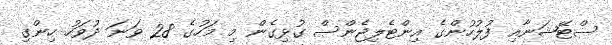
ސްޓޭޝަނާއި ފުލުހުންގެ އިންޓެލިޖެންސް ގުޅިގެން މި މަހުގެ 28 ވަނަ ދުވަހު ހިންގި